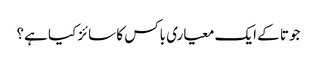
جوتا کے ایک معیاری باکس کا سائز کیا ہے؟